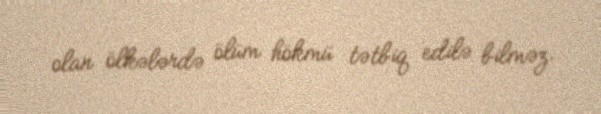
olan ölkələrdə ölüm hökmü tətbiq edilə bilməz.